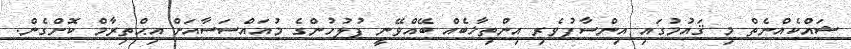
ޝައްކެއްނެތް މި ޤައުމުގައި އިންސާފުވެރި އިންތިޚާބެއް ބޭއްވޭނީ ފުލުހުންގެ މުއައްސަސާއަށް އިޙްތިރާމް ކޮށްގެން.